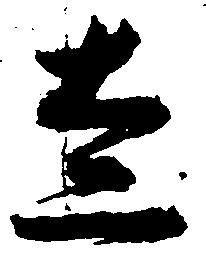
走